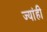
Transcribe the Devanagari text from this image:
ज्यांही